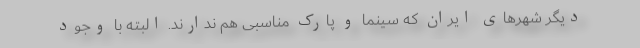
دیگر شهرهای ایران که سینما و پارک مناسبی هم ندارند. البته با وجود